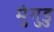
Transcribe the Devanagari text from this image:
मुंगुडु